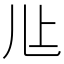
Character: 𰃊